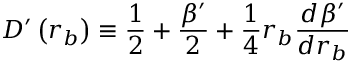
D ^ { \prime } \left( r _ { b } \right) \equiv \frac { 1 } { 2 } + \frac { \beta ^ { \prime } } { 2 } + \frac { 1 } { 4 } r _ { b } \frac { d \beta ^ { \prime } } { d r _ { b } }